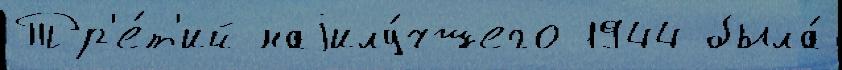
Тр'е́т'ий наjилу́чшего 1944 была́